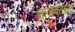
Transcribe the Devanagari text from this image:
गाजवताना